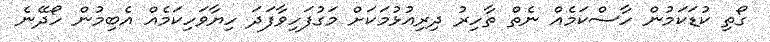
ގޯތި ކުޑަކަމުން ހާސްކަމެއް ނެތް ތާހިރު ދިރިއުޅުމަކަށް މަގުފަހިވާފަދަ ހިޔާވަހިކަމެއް އެބިމުން ހޯދޭނެ